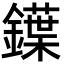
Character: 鐷